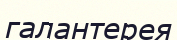
галантерея